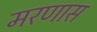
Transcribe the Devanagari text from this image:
मरणास